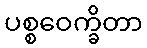
ပစ္စဝေက္ခိတာ